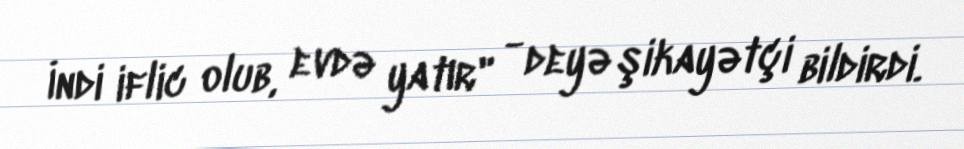
İndi iflic olub, evdə yatır" - deyə şikayətçi bildirdi.